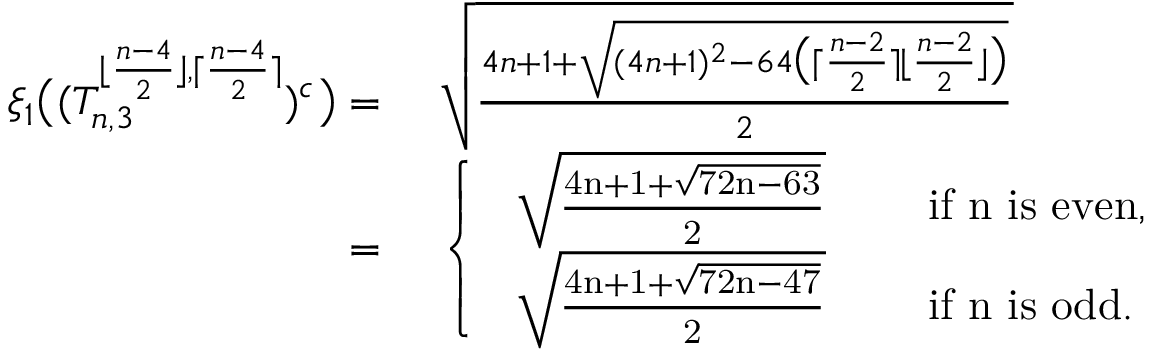
\begin{array} { r l } { \xi _ { 1 } \big ( ( T _ { n , 3 } ^ { \lfloor \frac { n - 4 } { 2 } \rfloor , \lceil \frac { n - 4 } { 2 } \rceil } ) ^ { c } \big ) = } & { ~ \sqrt { \frac { 4 n + 1 + \sqrt { ( 4 n + 1 ) ^ { 2 } - 6 4 \big ( \lceil \frac { n - 2 } { 2 } \rceil \lfloor \frac { n - 2 } { 2 } \rfloor \big ) } } { 2 } } } \\ { = } & { ~ \left\{ \begin{array} { l l } { \mathrm { ~ \sqrt { \frac { 4 n + 1 + \sqrt { 7 2 n - 6 3 } } { 2 } } ~ } } & { \quad \mathrm { i f ~ n ~ i s ~ e v e n , } } \\ { \mathrm { ~ \sqrt { \frac { 4 n + 1 + \sqrt { 7 2 n - 4 7 } } { 2 } } ~ } } & { \quad \mathrm { i f ~ n ~ i s ~ o d d . } } \end{array} \right. } \end{array}